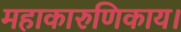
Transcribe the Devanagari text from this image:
महाकारुणिकाय।